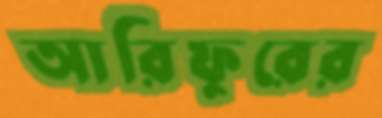
আরিফুরের